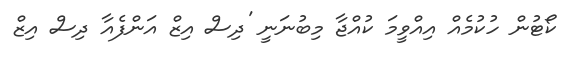
ކޯޓުން ހުކުމެއް އިއްވީމަ ކުއްޖާ މިބުނަނީ 'ދިސް އިޒް އަންފެއާ ދިސް އިޒް